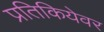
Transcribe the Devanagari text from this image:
प्रतिकियेवर